Report of the Indian Hemp Drugs Commission, 1894-1895 - Volume V
Year: 1894
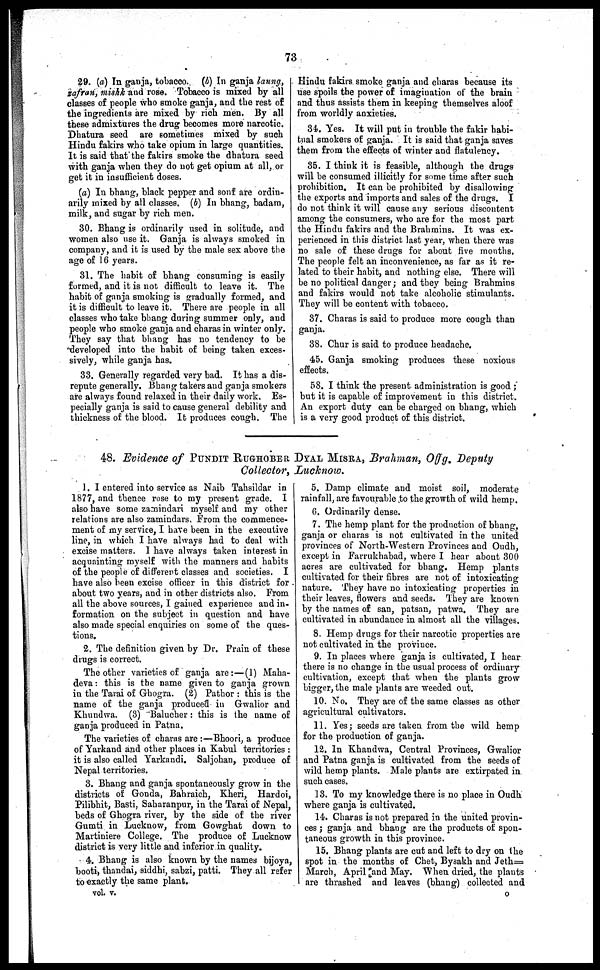
73
29. (a) In ganja, tobacco. (b) In ganja laung,
zafran, mishk and rose. Tobacco is mixed by all
classes of people who smoke ganja, and the rest of
the ingredients are mixed by rich men. By all
these admixtures the drug becomes more narcotic.
Dhatura seed are sometimes mixed by such
Hindu fakirs who take opium in large quantities.
It is said that the fakirs smoke the dhatura seed
with ganja when they do not get opium at all, or
get it in insufficient doses.
(a) In bhang, black pepper and sonf are ordin-
arily mixed by all classes. (b) In bhang, badam,
milk, and sugar by rich men.
30. Bhang is ordinarily used in solitude, and
women also use it. Ganja is always smoked in
company, and it is used by the male sex above the
age of 16 years.
31. The habit of bhang consuming is easily
formed, and it is not difficult to leave it. The
habit of ganja smoking is gradually formed, and
it is difficult to leave it. There are people in all
classes who take bhang during summer only, and
people who smoke ganja and charas in winter only.
They say that bhang has no tendency to be
developed into the habit of being taken exces-
sively, while ganja has.
33. Generally regarded very bad. It has a dis-
repute generally. Bhang takers and ganja smokers
are always found relaxed in their daily work. Es-
pecially ganja is said to cause general debility and
thickness of the blood. It produces cough. The
Hindu fakirs smoke ganja and charas because its
use spoils the power of imagination of the brain
and thus assists them in keeping themselves aloof
from worldly anxieties.
34. Yes. It will put in trouble the fakir habi-
tual smokers of ganja. It is said that ganja saves
them from the effects of winter and flatulency.
35. I think it is feasible, although the drugs
will be consumed illicitly for some time after such
prohibition. It can be prohibited by disallowing
the exports and imports and sales of the drugs. I
do not think it will cause any serious discontent
among the consumers, who are for the most part
the Hindu fakirs and the Brahmins. It was ex-
perienced in this district last year, when there was
no sale of these drugs for about five months.
The people felt an inconvenience, as far as it re-
lated to their habit, and nothing else. There will
be no political danger ; and they being Brahmins
and fakirs would not take alcoholic stimulants.
They will be content with tobacco.
37. Charas is said to produce more cough than
ganja.
38. Chur is said to produce headache.
45. Ganja smoking produces these noxious
effects.
58. I think the present administration is good ;
but it is capable of improvement in this district.
An export duty can be charged on bhang, which
is a very good product of this district.
48. Evidence of PUNDIT RUGHOBER DYAL MISRA, Brahman, Offg. Deputy
Collector, Lucknow.
1. I entered into service as Naib Tahsildar in
1877, and thence rose to my present grade. I
also have some zamindari myself and my other
relations are also zamindars, From the commence-
ment of my service, I have been in the executive
line, in which I have always had to deal with
excise matters. I have always taken interest in
acquainting myself with the manners and habits
of the people of different classes and societies. I
have also been excise officer in this district for
about two years, and in other districts also. From
all the above sources, I gained experience and in-
formation on the subject in question and have
also made special enquiries on some of the ques-
tions.
2. The definition given by Dr. Prain of these
drugs is correct.
The other varieties of ganja are :—(1) Maha-
deva : this is the name given to ganja grown
in the Tarai of Ghogra. (2) Pathor : this is the
name of the ganja produced in Gwalior and
Khundwa. (3) Balucher : this is the name of
ganja produced in Patna.
The varieties of charas are :—Bhoori, a produce
of Yarkand and other places in Kabul territories :
it is also called Yarkandi. Saljohan, produce of
Nepal territories.
3. Bhang and ganja spontaneously grow in the
districts of Gonda, Bahraich, Kheri, Hardoi,
Pilibhit, Basti, Saharanpur, in the Tarai of Nepal,
beds of Ghogra river, by the side of the river
Gumti in Lucknow, from Gowghat down to
Martiniere College. The produce of Lucknow
district is very little and inferior in quality.
4. Bhang is also known by the names bijoya,
booti, thandai, siddhi, sabzi, patti. They all refer
to exactly the same plant.
vol. v.
5. Damp climate and moist soil, moderate
rainfall, are favourable to the growth of wild hemp.
6. Ordinarily dense.
7. The hemp plant for the production of bhang,
ganja or charas is not cultivated in the united
provinces of North-Western Provinces and Oudh,
except in Farrukhabad, where I hear about 300
acres are cultivated for bhang. Hemp plants
cultivated for their fibres are not of intoxicating
nature. They have no intoxicating properties in
their leaves, flowers and seeds. They are known
by the names of san, patsan, patwa. They are
cultivated in abundance in almost all the villages.
8. Hemp drugs for their narcotic properties are
not cultivated in the province.
9. In places where ganja is cultivated, I hear
there is no change in the usual process of ordinary
cultivation, except that when the plants grow
bigger, the male plants are weeded out.
10. No. They are of the same classes as other
agricultural cultivators.
11. Yes ; seeds are taken from the wild hemp
for the production of ganja.
12. In Khandwa, Central Provinces, Gwalior
and Patna ganja is cultivated from the seeds of
wild hemp plants. Male plants are extirpated in
such cases.
13. To my knowledge there is no place in Oudh
where ganja is cultivated.
14. Charas is not prepared in the united provin-
ces ; ganja and bhang are the products of spon-
taneous growth in this province.
15. Bhang plants are cut and left to dry on the
spot in the months of Chet, Bysakh and Jeth=
March, April and May. When dried, the plants
are thrashed and leaves (bhang) collected and
o